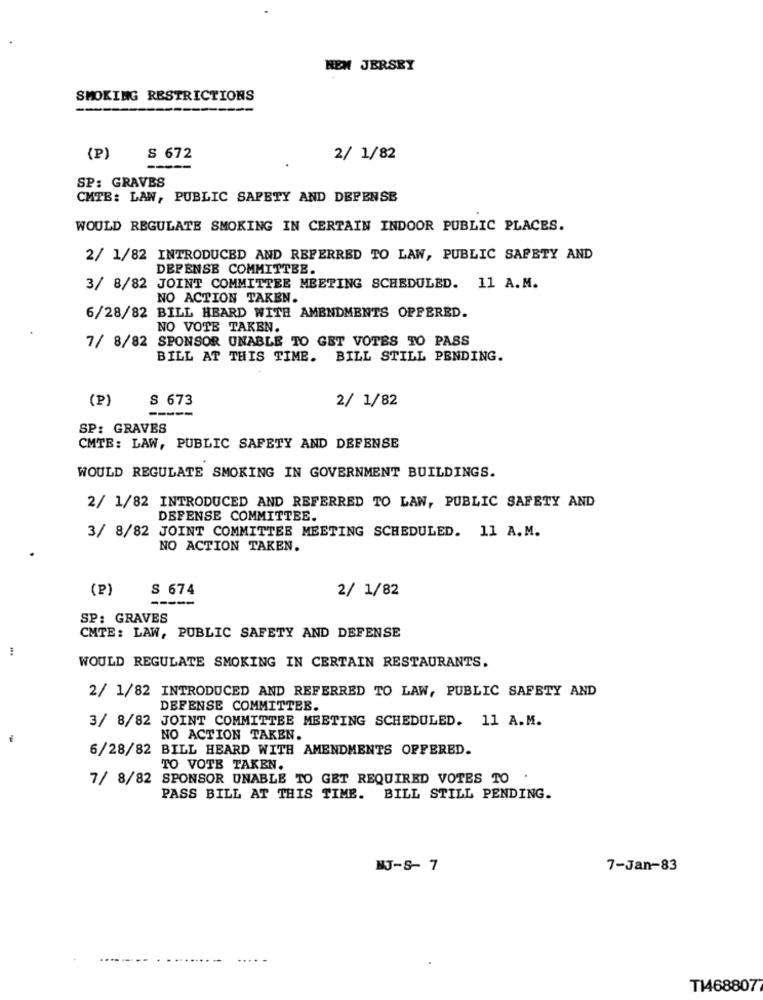
HEN JERSEY
SMOKING RESTRICTIONS
(P)
S 672
2/ 1/82
SP: GRAVES
CMTB: LAW, PUBLIC SAFETY AND DEFENSE
WOULD REGULATE SMOKING IN CERTAIN INDOOR PUBLIC PLACES.
2/ 1/82 INTRODUCED AND REFERRED TO LAW, PUBLIC SAFETY AND
DEPENSE COMMITTEE.
3/ 8/82 JOINT COMMITTEE MEETING SCHEDULED. 11 A.M.
NO ACTION TAKEN.
6/28/82 BILL HEARD WITH AMENDMENTS OPPERED.
NO VOTE TAKEN.
7/ 8/82 SPONSOR UNABLE TO GET VOTES TO PASS
BILL AT THIS TIME. BILL STILL PENDING.
(P)
S 673
2/ 1/82
-----
SP: GRAVES
CMTE: LAW, PUBLIC SAFETY AND DEFENSE
WOULD REGULATE SMOKING IN GOVERNMENT BUILDINGS.
2/ 1/82 INTRODUCED AND REFERRED TO LAW, PUBLIC SAFETY AND
DEFENSE COMMITTEE.
3/ 8/82 JOINT COMMITTEE MEETING SCHEDULED. 11 A.M.
NO ACTION TAKEN.
(P)
S 674
2/ 1/82
-----
SP: GRAVES
CMTE: LAW, PUBLIC SAFETY AND DEFENSE
WOULD REGULATE SMOKING IN CERTAIN RESTAURANTS.
2/ 1/82 INTRODUCED AND REFERRED TO LAW, PUBLIC SAFETY AND
DEFENSE COMMITTEE.
3/ 8/82 JOINT COMMITTEE MEETING SCHEDULED. 11 A.M.
-
NO ACTION TAKEN.
6/28/82 BILL HEARD WITH AMENDMENTS OFFERED.
TO VOTE TAKEN.
7/ 8/82 SPONSOR UNABLE TO GET REQUIRED VOTES TO .
PASS BILL AT THIS TIME. BILL STILL PENDING.
NJ-S- 7
7-Jan-83
T14688077